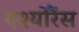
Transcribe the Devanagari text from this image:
एश्योरैंस